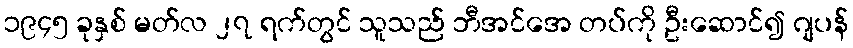
၁၉၄၅ ခုနှစ် မတ်လ ၂၇ ရက်တွင် သူသည် ဘီအင်အေ တပ်ကို ဦးဆောင်၍ ဂျပန်